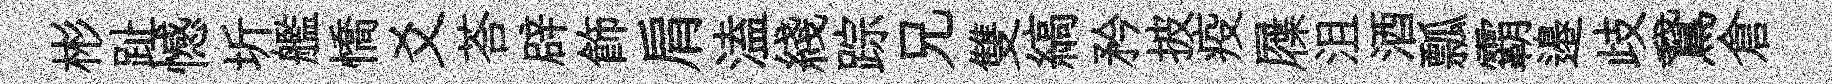
彬趾憾圻艦憍爻荅辟飾肩溘綫踪兄雙縞矜披疫屧沮酒瓢霸邉歧鵞倉